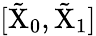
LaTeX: [\tilde{\mathrm{X}}_{0},\tilde{\mathrm{X}}_{1}]